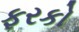
ફરકો